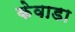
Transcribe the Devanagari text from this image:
केवाडा